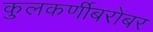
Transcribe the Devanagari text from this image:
कुलकर्णीबरोबर